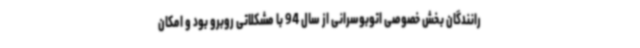
رانندگان بخش خصوصی اتوبوسرانی از سال 94 با مشکلاتی روبرو بود و امکان